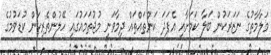
މަލާމާތުގެ ނަޒަރަކުން ބަލާ ކަމަށާއި އެފަދަ ކަންތައްތައް ދިމާވަނީ މުޖުތަމައުގައި ހޭލުންތެރިކަން ކުޑަވުމުގެ